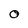
Character: 0